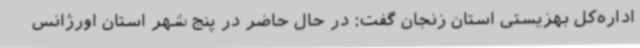
اداره‌کل بهزیستی استان زنجان گفت: در حال حاضر در پنج شهر استان اورژانس